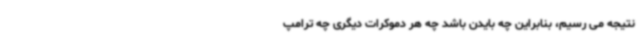
نتیجه می رسیم، بنابراین چه بایدن باشد چه هر دموکرات دیگری چه ترامپ